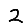
Digit: 2